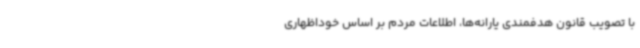
با تصویب قانون هدفمندی یارانه‌ها، اطلاعات مردم بر اساس خوداظهاری